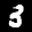
Label: 3